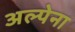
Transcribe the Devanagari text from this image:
अल्पेना